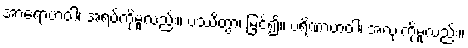
အာရောဟံဝါ၊ အရပ်ကိုမူလည်း။ ပဿိတွာ၊ မြင်၍။ ပရိဏာဟံဝါ၊ အလုံးကိုမူလည်း။